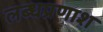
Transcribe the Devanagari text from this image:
लब्धप्रणाश